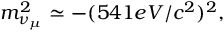
m _ { \nu _ { \mu } } ^ { 2 } \simeq - ( 5 4 1 e V / c ^ { 2 } ) ^ { 2 } ,